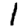
Digit: 1